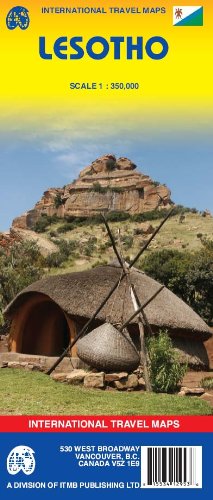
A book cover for Lesotho 1:350,000 Travel Reference Map (International Travel Maps); ITM Canada; Travel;